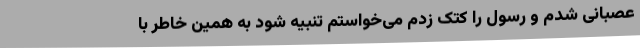
عصبانی شدم و رسول را کتک زدم می‌خواستم تنبیه شود به همین خاطر با